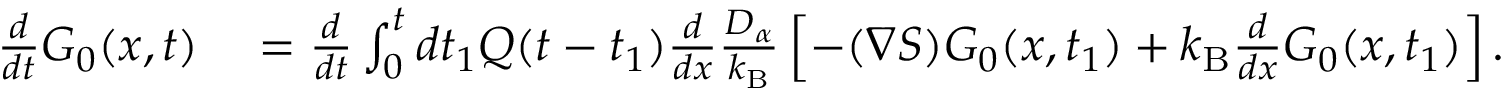
\begin{array} { r l } { \frac { d } { d t } G _ { 0 } ( x , t ) } & { { } = \frac { d } { d t } \int _ { 0 } ^ { t } d t _ { 1 } Q ( t - t _ { 1 } ) \frac { d } { d x } \frac { D _ { \alpha } } { k _ { \mathrm { B } } } \left[ - ( \nabla S ) G _ { 0 } ( x , t _ { 1 } ) + k _ { \mathrm { B } } \frac { d } { d x } G _ { 0 } ( x , t _ { 1 } ) \right] . } \end{array}